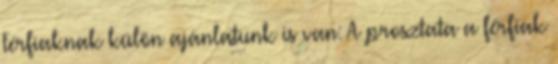
Férfiaknak külön ajánlatunk is van: A prosztata a férfiak